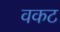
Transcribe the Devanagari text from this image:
वकट